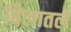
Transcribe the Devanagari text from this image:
बिलातले